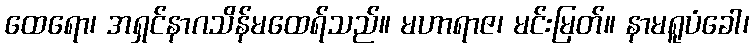
ထေရော၊ အရှင်နာဂသိန်မထေရ်သည်။ မဟာရာဇ၊ မင်းမြတ်။ နာမရူပံခေါ၊